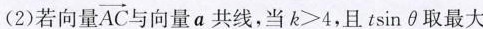
(2)若向量 \overrightarrow{AC} 与向量a共线，当$$k > 4$$，且tsinθ取最大